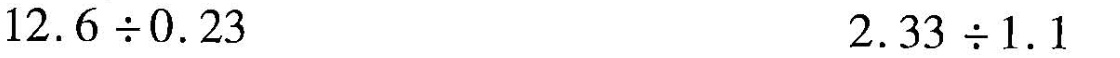
$$1 2 .6 \div 0 .2 3$$ $$2 .3 3 \times 1 .1$$